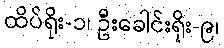
ထိပ်ရိုး-၁၊ ဦးခေါင်းရိုး-၉၊